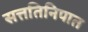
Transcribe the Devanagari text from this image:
सत्ततिनिपात